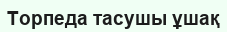
Торпеда тасушы ұшақ